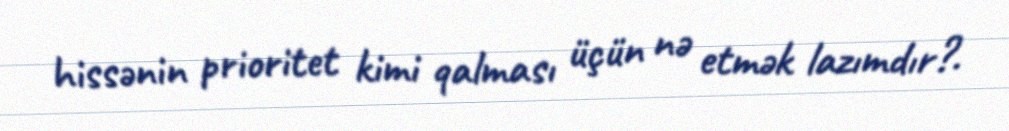
hissənin prioritet kimi qalması üçün nə etmək lazımdır?.